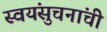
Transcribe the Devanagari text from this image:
स्वयंसुचनांची